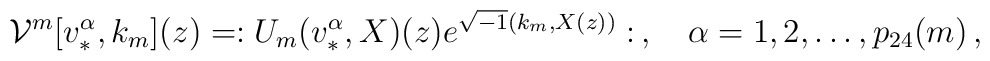
{\cal V}^m[v^\alpha_*,k_m](z)= :U_m(v^\alpha_*,X)(z)e^{\sqrt{-1}(k_m,X(z))}:\,,\quad \alpha=1,2,\ldots,p_{24}(m)\,,